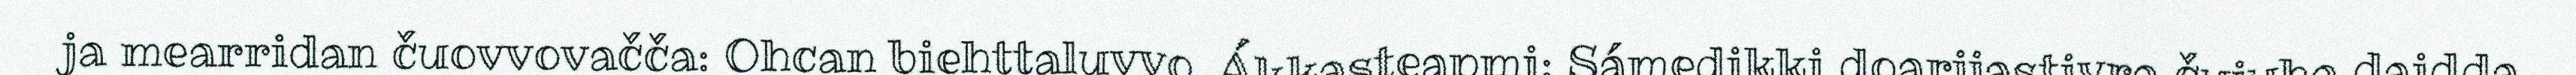
ja mearridan čuovvovačča: Ohcan biehttaluvvo. Ákkasteapmi: Sámedikki doarjjastivra čujuha daidda